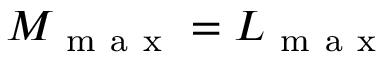
M _ { \mathrm { ~ m ~ a ~ x ~ } } = L _ { \mathrm { ~ m ~ a ~ x ~ } }